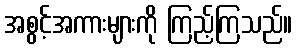
အစွင့်အကားများကို ကြည့်ကြသည်။